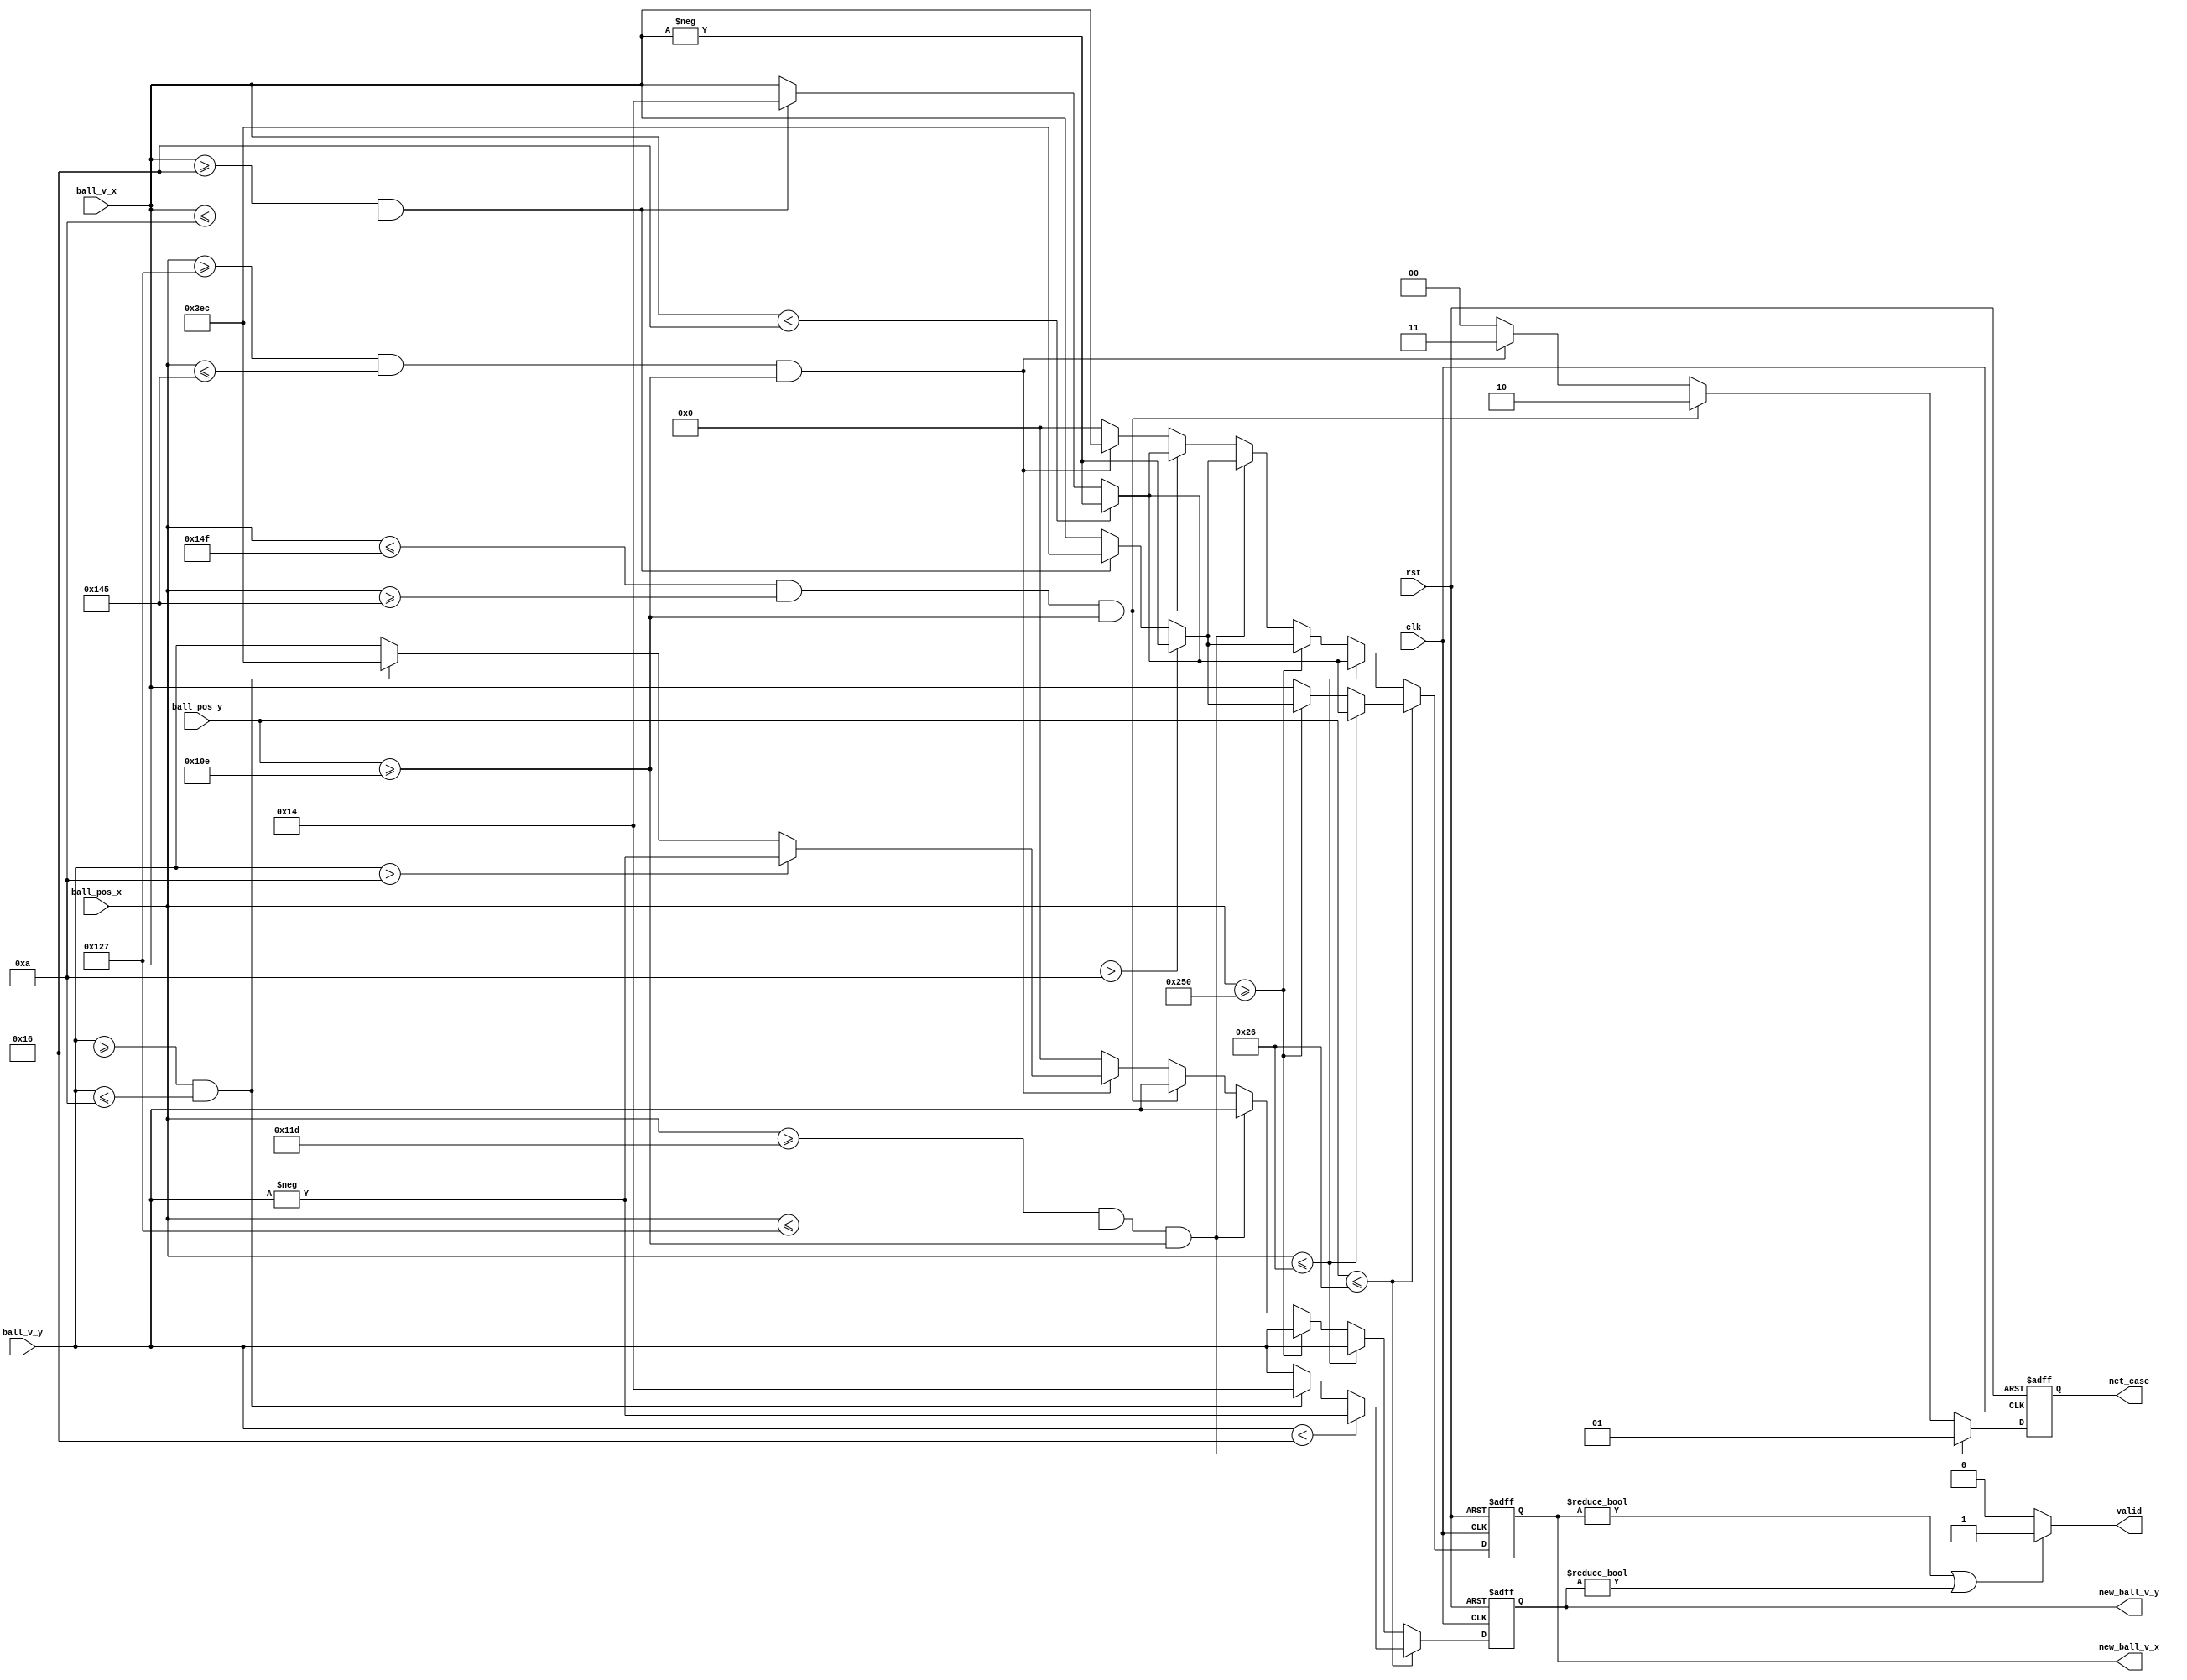
/*


*/

module border (
    input signed [10:0] ball_pos_x,
    input signed [10:0] ball_pos_y,
    input signed [9:0] ball_v_x,
    input signed [9:0] ball_v_y,
    input clk,
    input rst,
    output reg signed [9:0] new_ball_v_x,
    output reg signed [9:0] new_ball_v_y,
    output reg valid,
    output reg [1:0] net_case
);

    reg signed [9:0] next_ball_v_x;
    reg signed [9:0] next_ball_v_y;


    always @(posedge clk, posedge rst) begin
        if(rst) begin
            net_case <= 0;
        end
        else begin
            if(ball_pos_x >= 285 && ball_pos_x <= 295 && ball_pos_y >= 270) begin
                net_case <= 1;
            end
            else if(ball_pos_x <= 335 && ball_pos_x >= 325 && ball_pos_y >= 270) begin
                net_case <= 2;
            end
            else if(ball_pos_x >= 295 && ball_pos_x <= 325 && ball_pos_y >= 270) begin// && ball_pos_y >= 260
                net_case <= 3;
            end
            else begin
                net_case <= 0;
            end
        end
    end


    always @(posedge clk, posedge rst) begin
        if(rst) begin
            new_ball_v_x <= 0;
            new_ball_v_y <= 0;
        end
        else begin
            new_ball_v_x <= next_ball_v_x;
            new_ball_v_y <= next_ball_v_y;
        end
    end

    always @(*) begin
        if(ball_pos_y <= 38) begin
            
            if(ball_v_y < -10)
                next_ball_v_y = -ball_v_y;
            else if(ball_v_y >= -10 && ball_v_y <= 10)
                next_ball_v_y = 20;
            else
                next_ball_v_y = ball_v_y;

            if(ball_pos_x <= 38) begin
                if(ball_v_x < -10)
                    next_ball_v_x = -ball_v_x;
                else if(ball_v_x >= -10 && ball_v_x <= 10)
                    next_ball_v_x = 20;
                else
                    next_ball_v_x = ball_v_x;
                
            end
            else if(ball_pos_x >= 592) begin
                if(ball_v_x > 10)
                    next_ball_v_x = -ball_v_x;
                else if(ball_v_x >= -10 && ball_v_x <= 10)
                    next_ball_v_x = -20;
                else
                    next_ball_v_x = ball_v_x;
                
            end
            else
                next_ball_v_x = ball_v_x;
        end
        else begin
            if(ball_pos_x <= 38) begin
                if(ball_v_x < -10)
                    next_ball_v_x = -ball_v_x;
                else if(ball_v_x >= -10 && ball_v_x <= 10)
                    next_ball_v_x = 20;
                else
                    next_ball_v_x = ball_v_x;
                next_ball_v_y = ball_v_y;
            end
            else if(ball_pos_x >= 592) begin
                if(ball_v_x > 10)
                    next_ball_v_x = -ball_v_x;
                else if(ball_v_x >= -10 && ball_v_x <= 10)
                    next_ball_v_x = -20;
                else
                    next_ball_v_x = ball_v_x;
                next_ball_v_y = ball_v_y;
            end
            else begin
                if(ball_pos_x >= 285 && ball_pos_x <= 295 && ball_pos_y >= 270) begin
                    if(ball_v_x > 10)
                        next_ball_v_x = -ball_v_x;
                    else if(ball_v_x >= -10 && ball_v_x <= 10)
                        next_ball_v_x = -20;
                    else
                        next_ball_v_x = ball_v_x;
                    next_ball_v_y = ball_v_y;
                end
                else if(ball_pos_x <= 335 && ball_pos_x >= 325 && ball_pos_y >= 270) begin
                    if(ball_v_x < -10)
                        next_ball_v_x = -ball_v_x;
                    else if(ball_v_x >= -10 && ball_v_x <= 10)
                        next_ball_v_x = 20;
                    else
                        next_ball_v_x = ball_v_x;
                    next_ball_v_y = ball_v_y;
                end
                else if(ball_pos_x >= 295 && ball_pos_x <= 325 && ball_pos_y >= 270) begin
                    if(ball_v_y > 10)
                        next_ball_v_y = -ball_v_y;
                    else if(ball_v_y >= -10 && ball_v_y <= 10)
                        next_ball_v_y = -20;
                    else
                        next_ball_v_y = ball_v_y;
                    next_ball_v_x = ball_v_x;
                end
                else begin
                    next_ball_v_x = 0;
                    next_ball_v_y = 0;
                end
            end
        end
        
    end

    always @(*) begin
        if(new_ball_v_x!=0 || new_ball_v_y!=0)
            valid = 1;
        else begin
            valid = 0;
        end
    end


    
    
endmodule